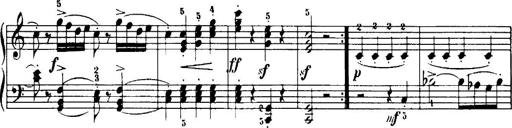
Title: 7 Sonatinas
Composer: Anton Diabelli